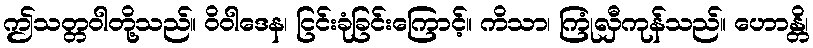
ဤသတ္တဝါတို့သည်။ ဝိဝါဒေန၊ ငြင်းခုံခြင်းကြောင့်။ ကိသာ၊ ကြုံလှီကုန်သည်။ ဟောန္တိ၊